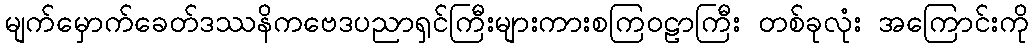
မျက်မှောက်ခေတ်ဒဿနိကဗေဒပညာရှင်ကြီးများကားစကြဝဠာကြီး တစ်ခုလုံး အကြောင်းကို